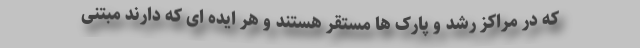
که در مراکز رشد و پارک ها مستقر هستند و هر ایده ای که دارند مبتنی